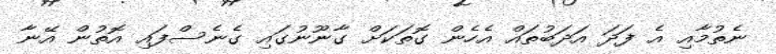
ނެތުމާއި އެ ފަދަ އަދަބުތައް އެހެން ގޮތަކަށް ގާނޫނުގައި ގެނެސްފައި އޮތުން އޭނާ